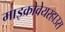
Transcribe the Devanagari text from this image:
माइक्रोवेयरहाउस